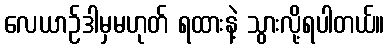
လေယာဉ်ဒါမှမဟုတ် ရထားနဲ့ သွားလို့ရပါတယ်။